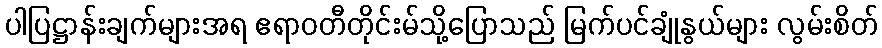
ပါပြဋ္ဌာန်းချက်များအရ ဧရာဝတီတိုင်းမ်သို့ပြောသည် မြက်ပင်ချုံနွယ်များ လွမ်းစိတ်